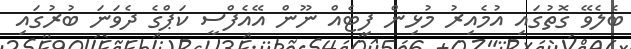
ބެލެވޭ ގޮތުގައި އުމެއިރު މުޅިން ފިޓެއް ނޫން އޭއެފްސީ ކަޕްގެެ ދެވަނަ ބުރުގައި